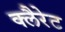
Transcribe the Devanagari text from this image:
क्लैरेट